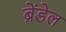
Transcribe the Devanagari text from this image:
ब्रेंडेल